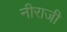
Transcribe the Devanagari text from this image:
नीराजी